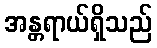
အန္တရာယ်ရှိသည်